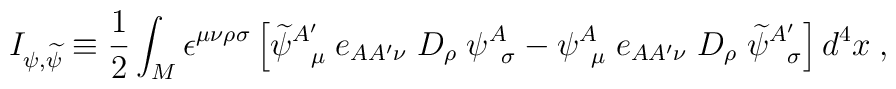
I_{\psi,{\widetilde \psi}} \equiv {1\over 2}\int_{M} \epsilon^{\mu \nu \rho \sigma} \left[{\widetilde \psi}_{\; \; \; \mu}^{A'} \;e_{AA' \nu} \; D_{\rho} \; \psi_{\; \; \sigma}^{A}-\psi_{\; \; \mu}^{A} \; e_{AA' \nu} \; D_{\rho} \;{\widetilde \psi}_{\; \; \; \sigma}^{A'} \right] d^{4}x \; ,